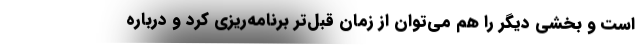
است و بخشی دیگر را هم می‌توان از زمان قبل‌تر برنامه‌ریزی کرد و درباره